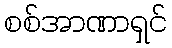
စစ်အာဏာရှင်